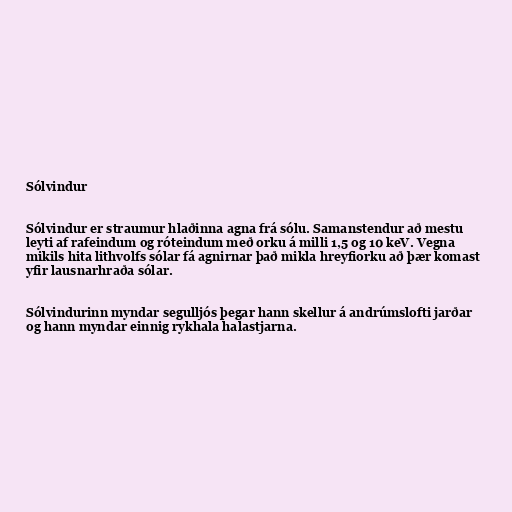
Sólvindur

Sólvindur er straumur hlaðinna agna frá sólu. Samanstendur að mestu
leyti af rafeindum og róteindum með orku á milli 1,5 og 10 keV. Vegna
mikils hita lithvolfs sólar fá agnirnar það mikla hreyfiorku að þær komast
yfir lausnarhraða sólar.

Sólvindurinn myndar segulljós þegar hann skellur á andrúmslofti jarðar
og hann myndar einnig rykhala halastjarna.